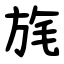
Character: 旄